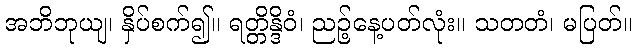
အဘိဘုယျ၊ နှိပ်စက်၍။ ရတ္တိန္ဒိဝံ၊ ညဉ့်နေ့ပတ်လုံး။ သတတံ၊ မပြတ်။